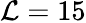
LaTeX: \mathcal{L}=15